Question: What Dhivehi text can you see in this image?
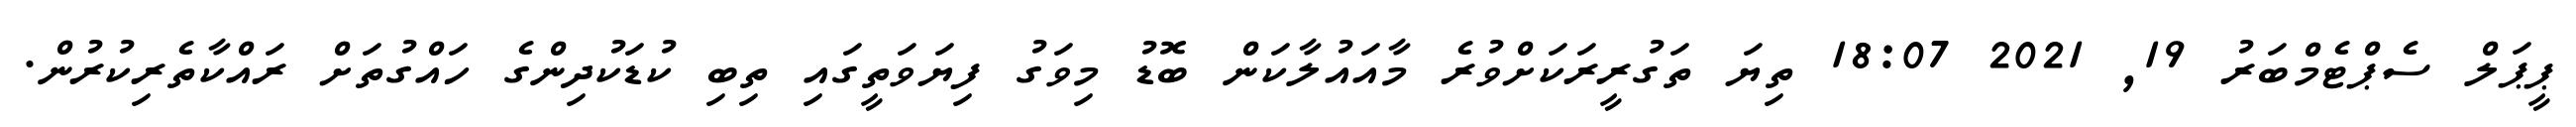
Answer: ޕީޕަލް ސެޕްޓެމްބަރު 19, 2021 18:07 ތިޔަ ތަގުރީރަކަށްވުރެ މާއައުލާކަން ބޮޑު މިވަގު ފިޔަވަތީގައި ތިބި ކުޑަކުދިންގެ ހައްގުތަށް ރައްކާތެރިކުރުން.